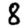
Digit: 8